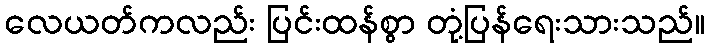
လေယတ်ကလည်း ပြင်းထန်စွာ တုံ့ပြန်ရေးသားသည်။